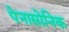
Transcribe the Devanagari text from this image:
पेनासोनिक